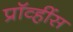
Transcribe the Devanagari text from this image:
प्रॉव्हींस